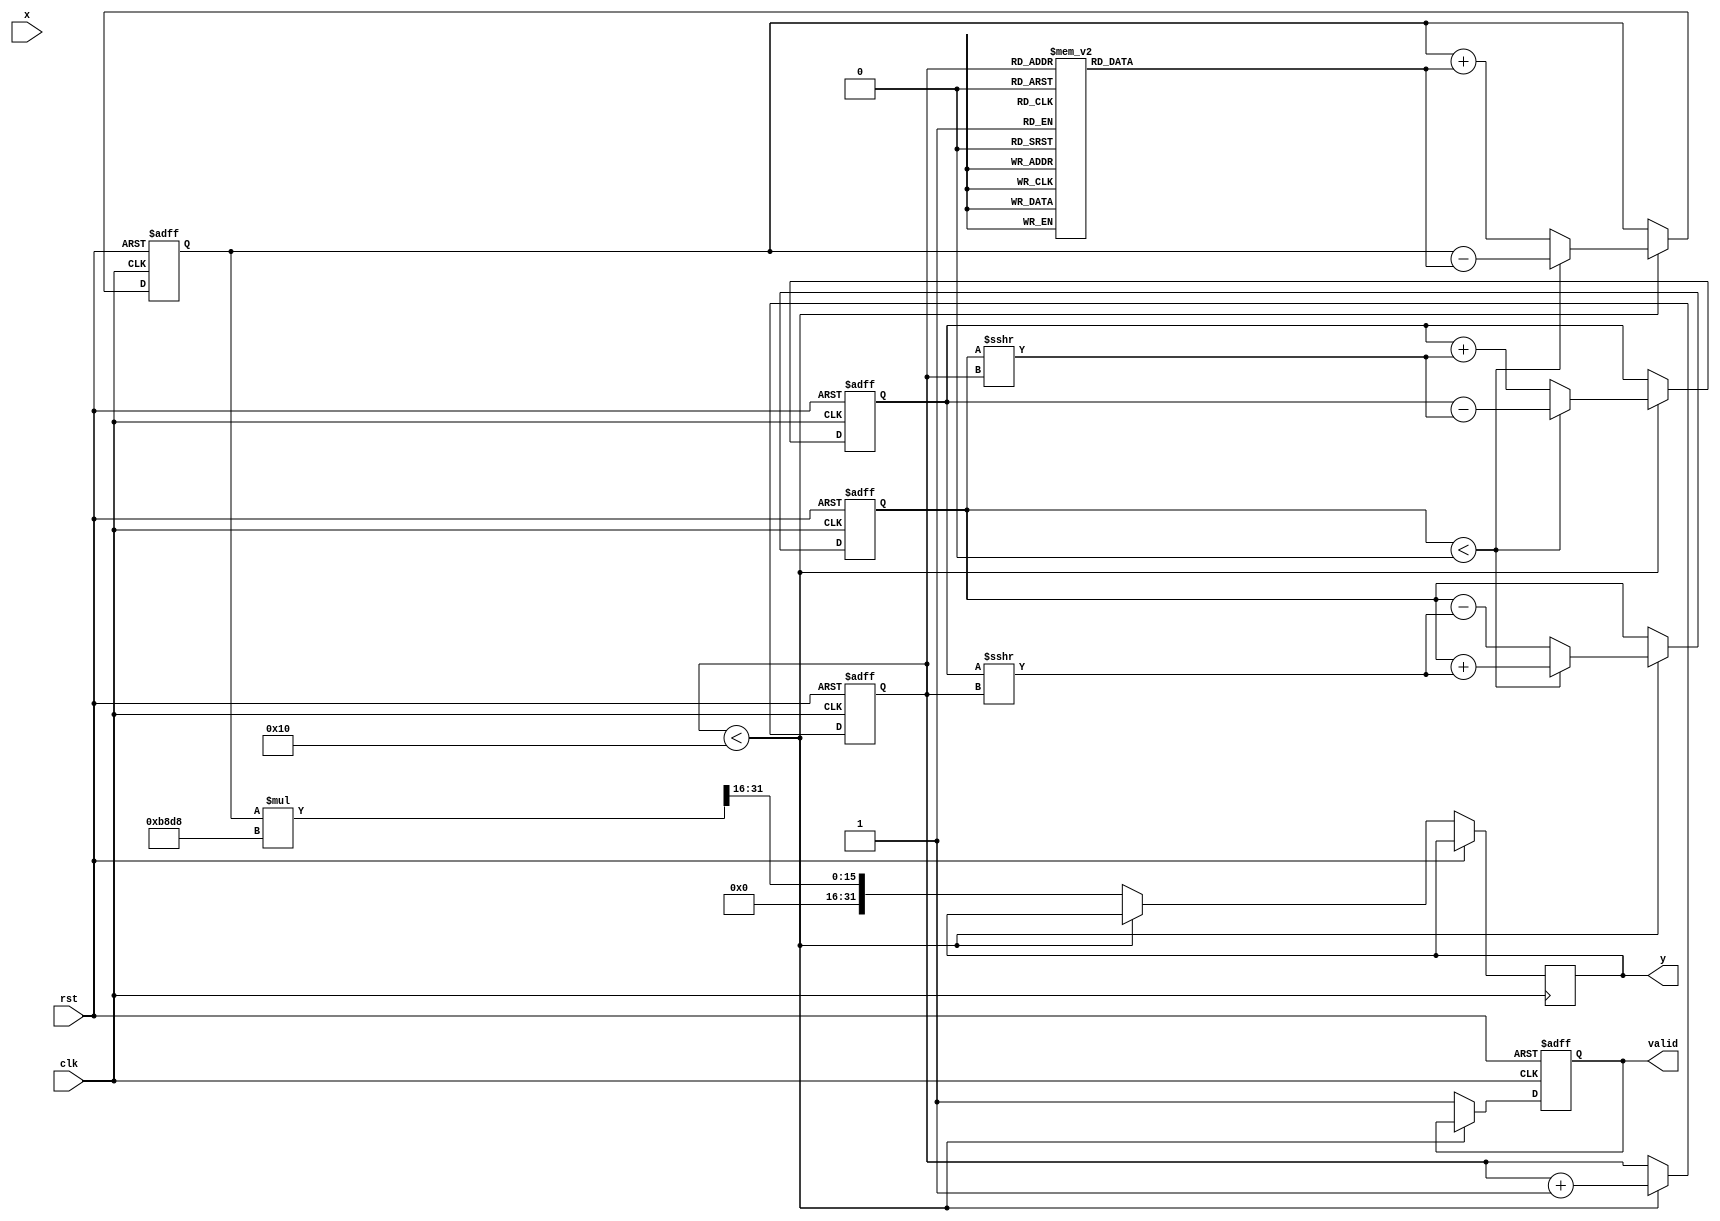
module atan_block #(parameter N = 16, M = 32, ITERATIONS = 16) (
    input wire clk,
    input wire rst,
    input wire [N-1:0] x, // Input in fixed-point
    output reg [M-1:0] y, // Output in fixed-point
    output reg valid // Output valid flag
);

    // CORDIC gain factor
    localparam GAIN = 16'hB8D8; // Gain for CORDIC, approx 0.607252935

    // Internal registers
    reg [N-1:0] x_reg, y_reg; // CORDIC x and y registers
    reg [M-1:0] z_reg; // Angle accumulator
    reg [3:0] stage; // Current stage of CORDIC
    reg [N-1:0] x_next, y_next; // Next values for x and y

    // CORDIC angle values (atan(2^-i))
    reg [M-1:0] angles [0:ITERATIONS-1];
    initial begin
        angles[0] = 32'h3F000000; // atan(1) = /4
        angles[1] = 32'h1C71C71C; // atan(0.5)
        angles[2] = 32'h0F0F0F0F; // atan(0.333...)
        angles[3] = 32'h07C1F07C; // atan(0.25)
        angles[4] = 32'h03E0F03E; // atan(0.2)
        angles[5] = 32'h01F00000; // atan(0.125)
        angles[6] = 32'h00FA3D70; // atan(0.1)
        angles[7] = 32'h007D4E7A; // atan(0.05)
        angles[8] = 32'h003E8D0A; // atan(0.025)
        angles[9] = 32'h001F412E; // atan(0.0125)
        angles[10] = 32'h000FA3D7; // atan(0.00625)
        angles[11] = 32'h0007D4E7; // atan(0.003125)
        angles[12] = 32'h0003E8D1; // atan(0.0015625)
        angles[13] = 32'h0001F412; // atan(0.00078125)
        angles[14] = 32'h0000FA3D; // atan(0.000390625)
        angles[15] = 32'h00007D4E; // atan(0.0001953125)
    end

    // Internal state machine to compute arctangent
    always @(posedge clk or posedge rst) begin
        if (rst) begin
            stage <= 0;
            x_reg <= 0;
            y_reg <= 0;
            z_reg <= 0;
            valid <= 0;
        end else begin
            if (stage < ITERATIONS) begin
                // CORDIC Rotation
                if (x_reg < 0) begin
                    x_next = x_reg + (y_reg >>> stage);
                    y_next = y_reg - (x_reg >>> stage);
                    z_reg = z_reg - angles[stage];
                end else begin
                    x_next = x_reg - (y_reg >>> stage);
                    y_next = y_reg + (x_reg >>> stage);
                    z_reg = z_reg + angles[stage];
                end

                x_reg <= x_next;
                y_reg <= y_next;
                stage <= stage + 1;
            end else begin
                // Finished computation
                y <= (z_reg * GAIN) >>> 16; // Scale the result
                valid <= 1;
            end
        end
    end

endmodule